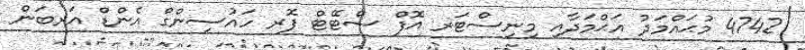
4742 މުޙައްމަދު އަޙްމަދާއި މިނިސްޓަރ އޮފް ސްޓޭޓް ފޮރ ހައުސިންގް އެންޑް އަރބަން